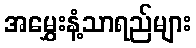
အမွှေးနံ့သာရည်များ